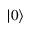
| 0 \rangle